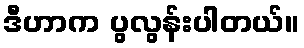
ဒီဟာက ပွလွန်းပါတယ်။